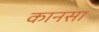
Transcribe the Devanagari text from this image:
कानसा